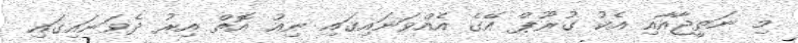
މި ނަތީޖާއާއި އެކު ގުރޫޕް އޭގެ އެއްވަނައިގައި ނިއު އޮތް އިރު ދެވަނައިގައި